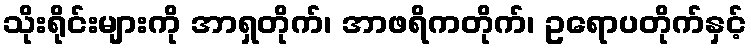
သိုးရိုင်းများကို အာရှတိုက်၊ အာဖရိကတိုက်၊ ဥရောပတိုက်နှင့်